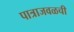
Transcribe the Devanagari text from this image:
पात्राजवळची